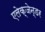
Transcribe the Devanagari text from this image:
एलेक्जेन्डर